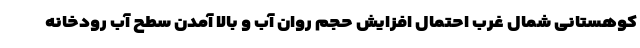
کوهستانی شمال غرب احتمال افزایش حجم روان آب و بالا آمدن سطح آب رودخانه